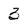
Character: 3